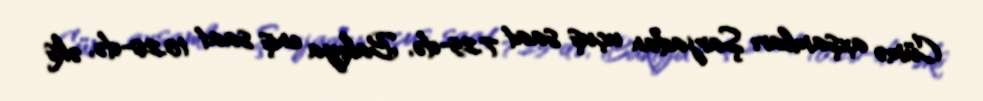
Cümə axşamları Şarjadan uçuş saat 7.25-də, Bakıya eniş saat 10.20-də, əks